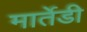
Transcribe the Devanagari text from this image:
मार्तेडी